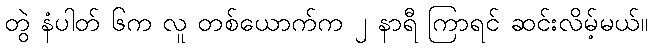
တွဲ နံပါတ် ၆က လူ တစ်ယောက်က ၂ နာရီ ကြာရင် ဆင်းလိမ့်မယ်။